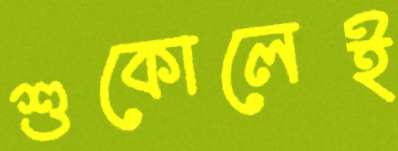
শুকোলেই